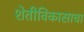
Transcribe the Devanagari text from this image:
शेतीविकासाचा